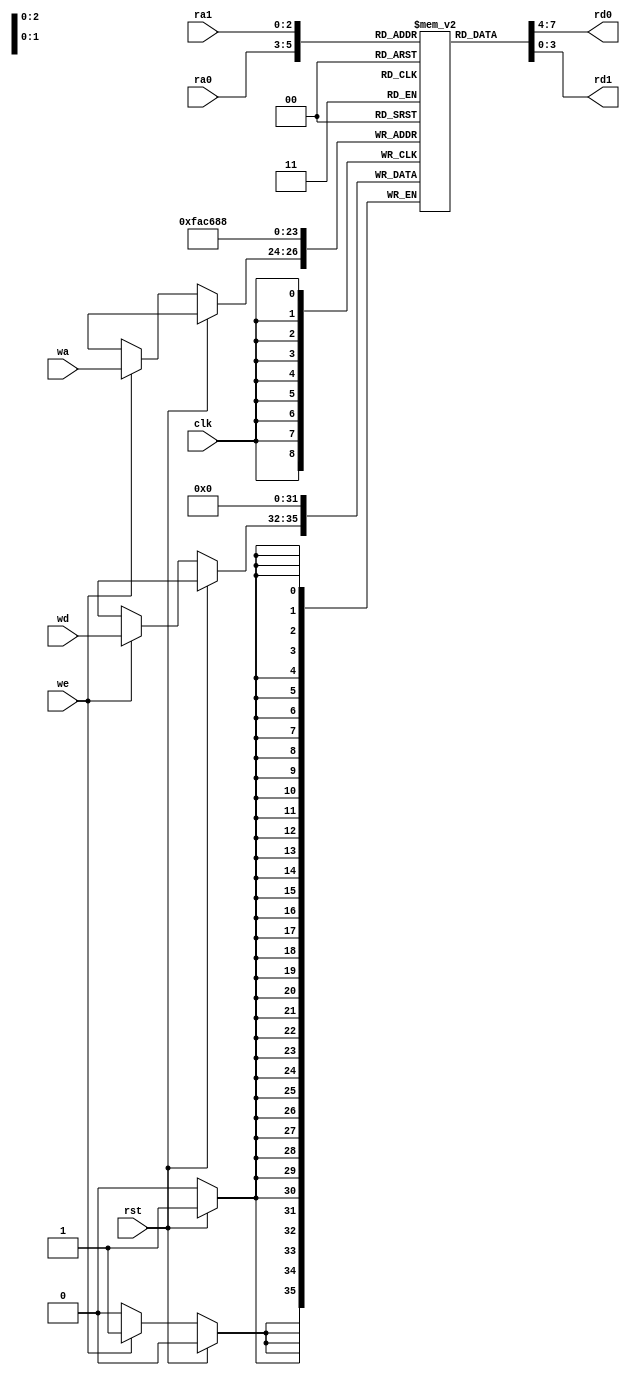
module RF_8_4 (
    input clk, rst,
    input [2:0] ra0,    //0
    output [3:0] rd0,   //0
    input [2:0] ra1,    //1
    output [3:0] rd1,   //1
    input [2:0] wa, //
    input we,   // 
    input [3:0] wd //
);

reg [3:0] regfile [0:7];
assign rd0 = regfile[ra0];
assign rd1 = regfile[ra1];
integer i;

always @(posedge clk) begin
    if(rst) begin
        for(i = 0; i <= 7; i = i + 1) begin
            regfile[i] <= 4'b0;
        end
    end
    else if(we) regfile[wa] <= wd;
end

endmodule